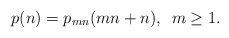
\begin{align*}p(n)=p_{mn}(mn+n), \enspace m \ge1.\end{align*}